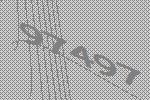
97497